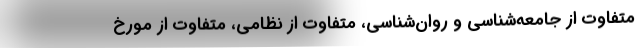
متفاوت از جامعه‌شناسی و روان‌شناسی، متفاوت از نظامی، متفاوت از مورخ